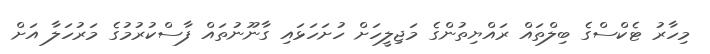
މިހާރު ޓެކްސްގެ ބިލްތައް ރައްޔިތުންގެ މަޖިލީހަށް ހުށަހަޅައި ގާނޫނުތައް ފާސްކުރުމުގެ މަރުހަލާ އަށް